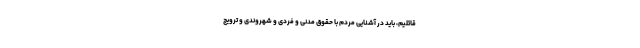
قائلیم، باید در آشنایی مردم با حقوق مدنی و فردی و شهروندی و ترویج